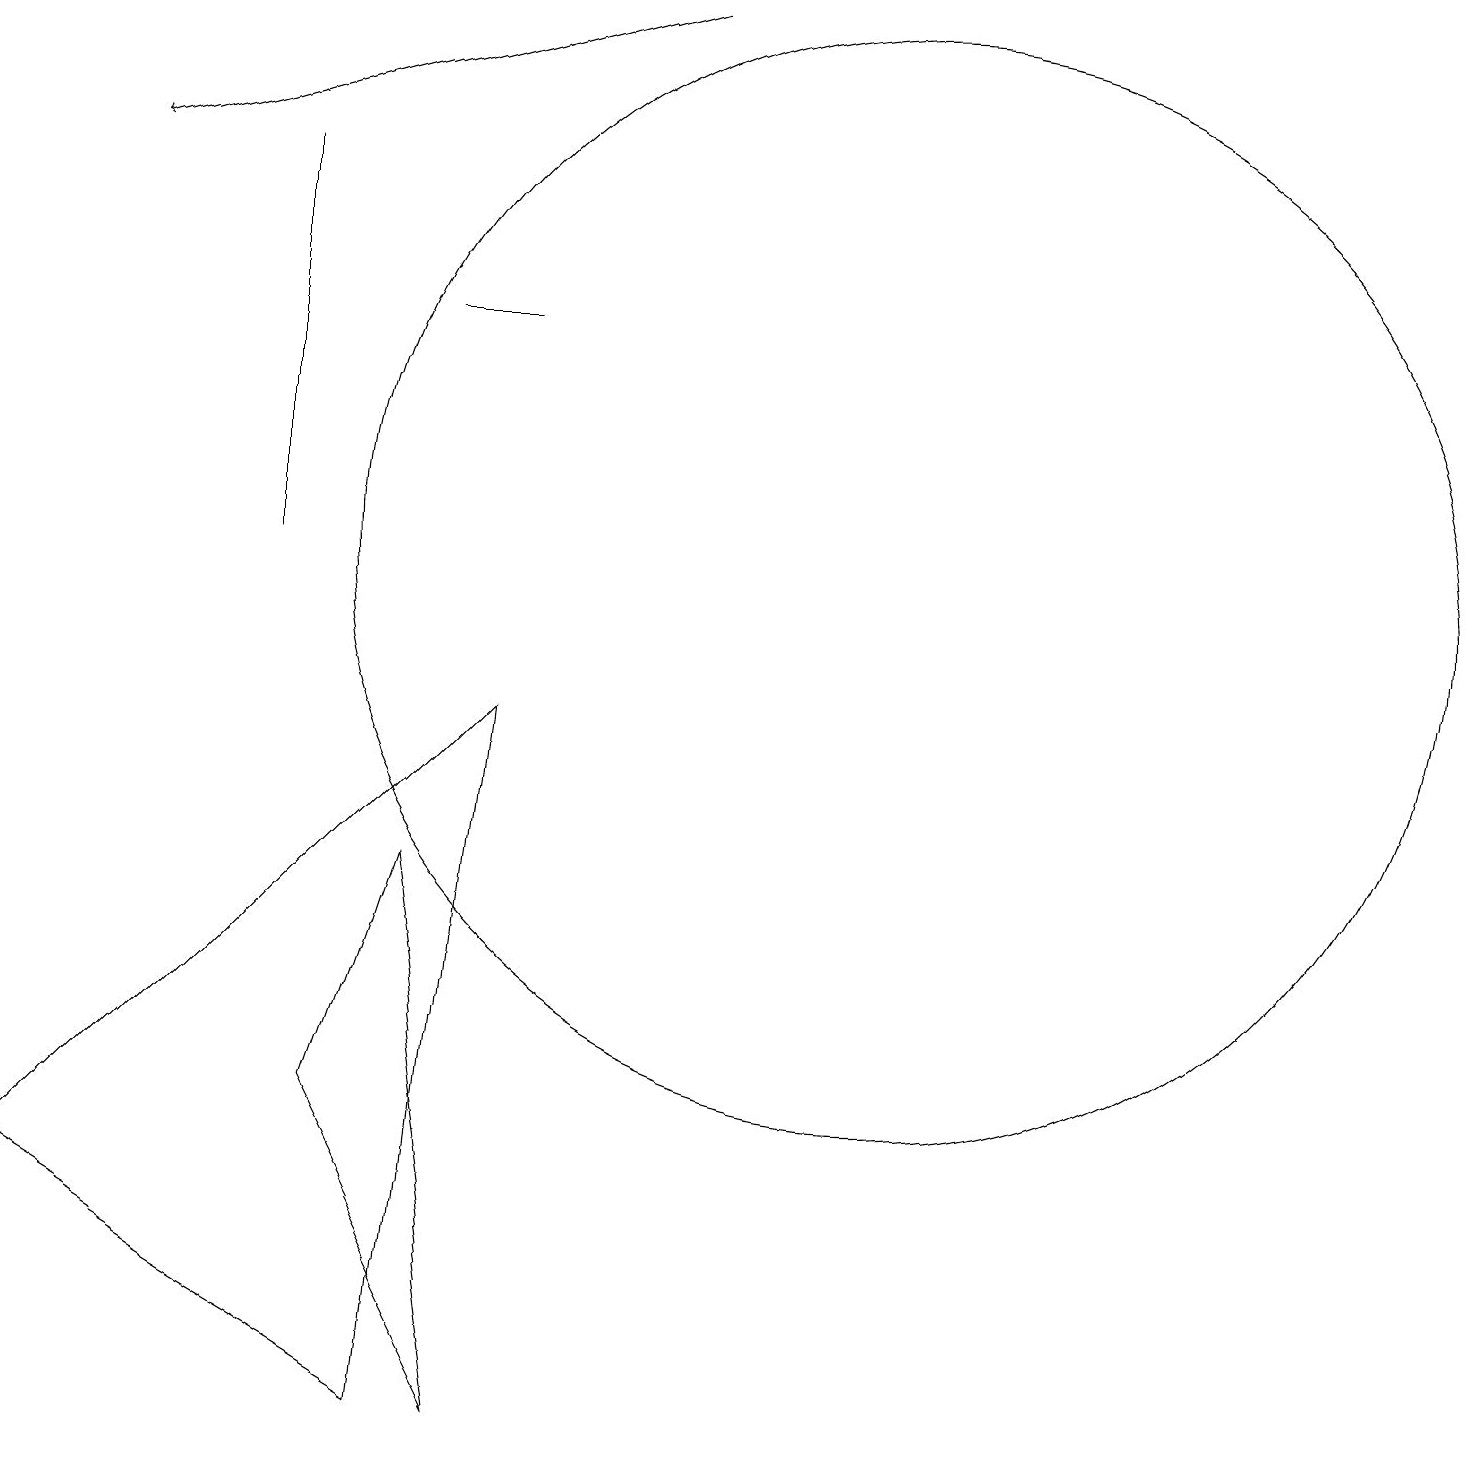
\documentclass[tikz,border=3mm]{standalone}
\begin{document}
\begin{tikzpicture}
\draw (12,11) circle (7);
\draw (6,0) -- (1,3) -- (7,9) -- cycle;
\draw (6,14) rectangle (7,14);
\draw (7,0) -- (6,7) -- (5,4) -- cycle;
\draw (4,16) rectangle (4,11);
\draw[->] (9,18) -- (2,16);
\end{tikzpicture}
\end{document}